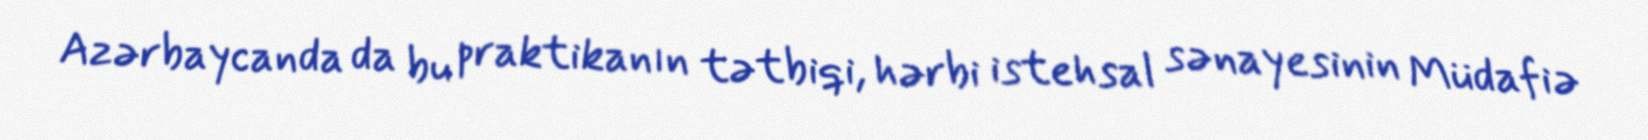
Azərbaycanda da bu praktikanın tətbiqi, hərbi istehsal sənayesinin Müdafiə